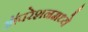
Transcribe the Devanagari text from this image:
ऑपरेशनमध्ये